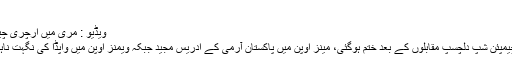
کیبل کار بھی مرمت اور…
ویڈیو : مری میں آرچری چیمپئن شپ کے مرد و خواتین کے دلچسپ مقابلے
بھوربن میں جاری 2 روزہ آل پاکستان آرچری چیمپئن شپ دلچسپ مقابلوں کے بعد ختم ہوگئی، مینز اوپن میں پاکستان آرمی کے ادریس مجید جبکہ ویمنز اوپن میں واپڈا کی نگہت ناہید اور بہاولپور کی حنا مہتاب چیمپئن قرار پائیں۔